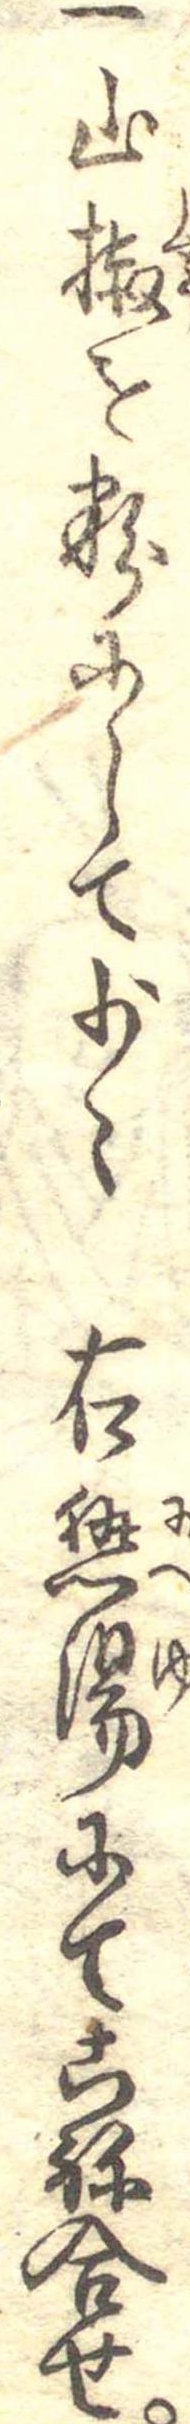
一山椒を粉にして少々右熱湯にてこね合せ